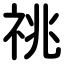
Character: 祧